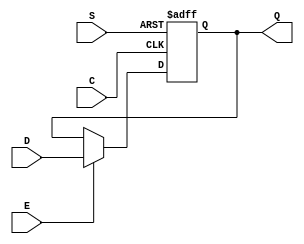
module SB_DFFNES (output Q, input C, E, S, D);
	reg Q = 0;
	always @(negedge C, posedge S)
		if (S)
			Q <= 1;
		else if (E)
			Q <= D;
endmodule